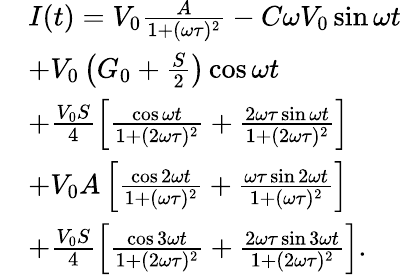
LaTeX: \begin{array}{rl}&{I(t)=V_{0}\frac{A}{1+(\omega\tau)^{2}}-C\omega V_{0}\sin{\omega t}}\\ &{+V_{0}\left(G_{0}+\frac{S}{2}\right)\cos{\omega t}}\\ &{+\frac{V_{0}S}{4}\left[\frac{\cos{\omega t}}{1+(2\omega\tau)^{2}}+\frac{2\omega\tau\sin{\omega t}}{1+(2\omega\tau)^{2}}\right]}\\ &{+V_{0}A\left[\frac{\cos{2\omega t}}{1+(\omega\tau)^{2}}+\frac{\omega\tau\sin{2\omega t}}{1+(\omega\tau)^{2}}\right]}\\ &{+\frac{V_{0}S}{4}\left[\frac{\cos{3\omega t}}{1+(2\omega\tau)^{2}}+\frac{2\omega\tau\sin{3\omega t}}{1+(2\omega\tau)^{2}}\right].}\end{array}